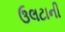
ઉલટાની